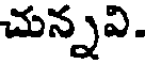
చున్నవి.